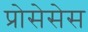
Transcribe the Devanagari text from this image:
प्रोसेसेस